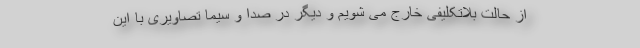
از حالت بلاتکلیفی خارج می شویم و دیگر در صدا و سیما تصاویری با این